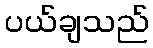
ပယ်ချသည်